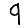
Digit: 9